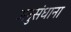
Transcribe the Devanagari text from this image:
अनुसंधाना